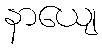
နာယျေ